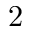
2